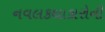
નવલકથાકારોની